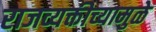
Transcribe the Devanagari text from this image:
राजव्यक्तीच्यामुळे